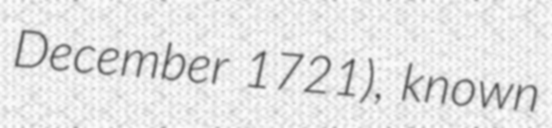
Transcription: December 1721), known